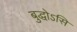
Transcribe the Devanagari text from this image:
बुद्धोऽसि